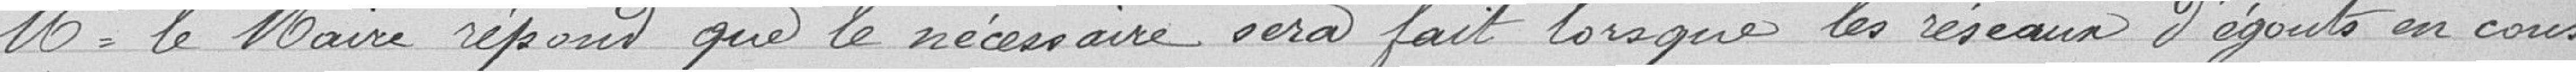
Mr le Maire répond que le nécessaire sera fait lorsque les réseaux d'égouts en cons-